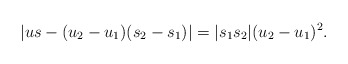
\begin{align*}|us-(u_2-u_1)(s_2-s_1)|=|s_1s_2|(u_2-u_1)^2.\end{align*}